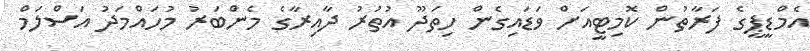
އެމްޑީޕީގެ ފަރާތުން ކޮމިޓީއަށް ވަޑައިގެން ހިތަދޫ އުތުރު ދާއިރާގެ މެންބަރު މުހައްމަދު އަސްލަމް